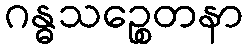
ဂန္ဓသဉ္စေတနာ